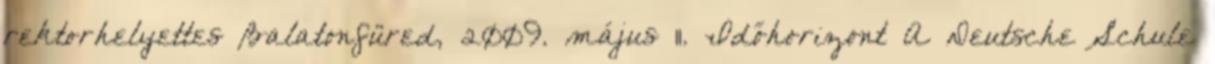
rektorhelyettes Balatonfüred, 2009. május 11. Időhorizont A Deutsche Schule